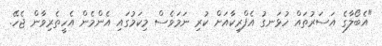
"އެބޯލާގެ އަސަރުތައް ހުޅަނގު އެފްރިކާއަށް ކުރި ނަމަވެސް މިކަމުގައި އެންމެން އެހީތެރިވާން ޖެހޭ.